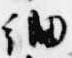
細